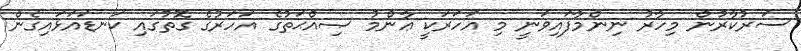
ސަރުކާރުން މިހާރު ނިންމާފައިވަނީ މި އަހަރަކީ ޢާންމު ޞިއްޙަތުގެ އަހަރުގެ ގޮތުގައި ކަނޑައަޅައިގެން